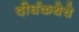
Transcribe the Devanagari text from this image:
दीर्घकथेचे